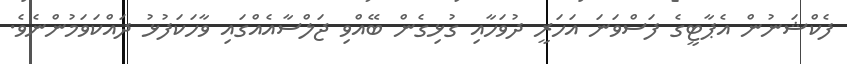
ފެކްޝަނުން އެޕާޓީގެ ފަސްވަނަ އަހަރީ ދުވަހާއި ގުޅިގެން ބޭއްވި ޖަލްސާއެއްގައި ވާހަކަފުޅު ދައްކަވަމުންނެވެ.